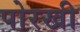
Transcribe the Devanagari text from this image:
पोरखी